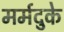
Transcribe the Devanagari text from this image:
मर्मदुके